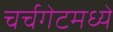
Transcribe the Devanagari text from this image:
चर्चगेटमध्ये